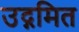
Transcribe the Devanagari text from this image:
उद्गमित